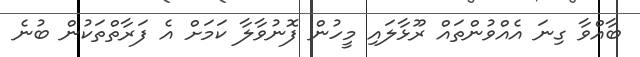
ބާއްވާ ގިނަ އެއްވުންތައް ރޫޅާލައި މީހުން ފޮނުވާލާ ކަމަށް އެ ފަރާތްތަކުން ބުނެ